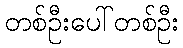
တစ်ဦးပေါ်တစ်ဦး